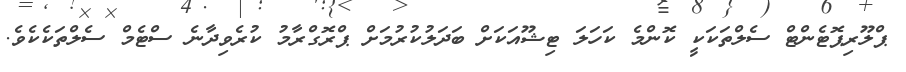
ޕްލޫރިޕޮޓެންޓް ސެލްތަކަކީ ކޮންމެ ކަހަލަ ޓިޝޫއަކަށް ބަދަލުކުރުމަށް ޕްރޮގްރާމު ކުރެވިދާނެ ސްޓެމް ސެލްތަކެކެވެ.